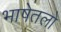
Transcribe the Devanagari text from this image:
भाषेतलो